Leaving Certificate Examination, 1908
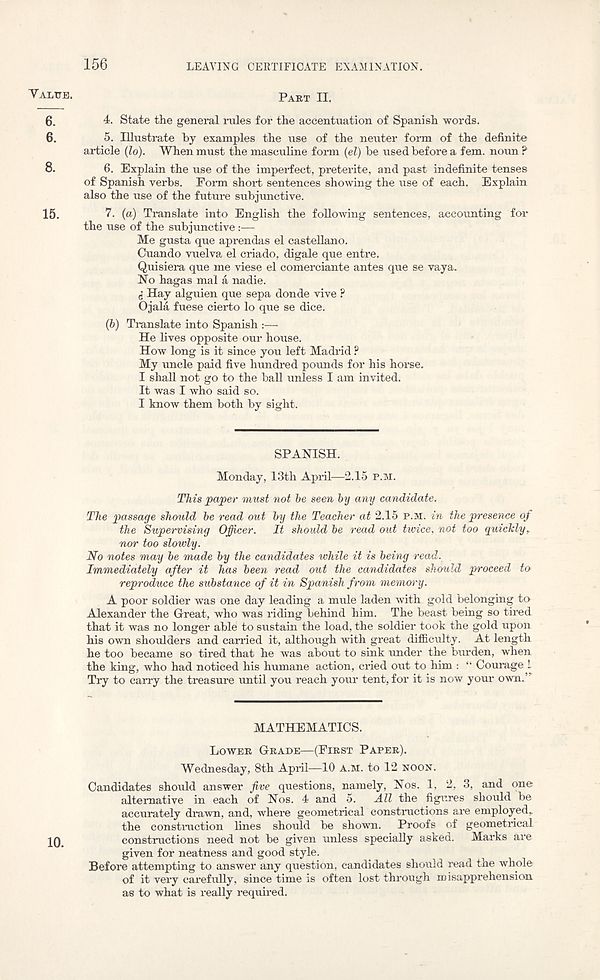
156
LEAVING CERTIFICATE EXAMINATION.
Valttb.
Part n.
4. State the general rules for the accentuation of Spanish words.
5. Illustrate by examples the use of the neuter form of the definite
article (lo). When must the masculine form (el) be used before a fern, noun ?
6. Explain the use of the imperfect, preterite, and past indefinite tenses
of Spanish verbs. Form short sentences showing the use of each. Explain
also the use of the future subjunctive.
7. (a) Translate into English the following sentences, accounting for
the use of the subjunctive:—
Me gusta que aprendas el Castellano.
Cuando vuelva el criado, digale que entre.
Quisiera que me viese el comerciante antes que se vaya.
No hagas mal a nadie.
g Hay alguien que sepa donde vive ?
Ojala fuese cierto lo que se dice.
(6) Translate into Spanish :—
He lives opposite our house.
How long is it since you left Madrid ?
My uncle paid five hundred pounds for his horse.
I shall not go to the ball unless I am invited.
It was I who said so.
I know them both by sight.
SPANISH.
Monday, 13th April—2.15 p.m.
This paper must not he seen by any candidate.
The passage should he read out hy the Teacher at 2.15 p.m. in the presence of
the Supervising Officer. It should he read out twice, not too quickly,
nor too slowly.
No notes may he made hy the candidates while it is being read.
Immediately after it has been read out the candidates should proceed to
reproduce the substance of it in Spanish from memo' ry.
A poor soldier was one day leading a mule laden with gold belonging to
Alexander the Great, who was riding behind him. The beast being so tired
that it was no longer able to sustain the load, the soldier took the gold upon
his own shoulders and earned it, although with great difficulty. At length
he too became so tired that he was about to sink under the burden, when
the king, who had noticed his humane action, cried out to him : “ Courage 1
Try to carry the treasure until you reach your tent, for it is now your own.”'
MATHEMATICS.
Lower Grade—(First Paper).
Wednesday, 8th April—10 A.M. to 12 noon.
Candidates should answer five questions, namely, Nos. 1, 2, 3, and one
alternative in each of Nos. 4 and 5. All the figures should be
accurately drawn, and, where geometrical constructions are employed,
the construction lines should be shown. Proofs of geometrical
IQ
constructions need not be given unless specially asked. Marks axe
given for neatness and good style.
Before attempting to answer any question, candidates should read the whole
of it vei’y carefully, since time is often lost through misapprehension
as to what is really required.
6.
6.
8.
15.